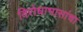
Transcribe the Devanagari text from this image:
विरोधाभासांचा